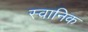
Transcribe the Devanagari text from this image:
स्वानिक